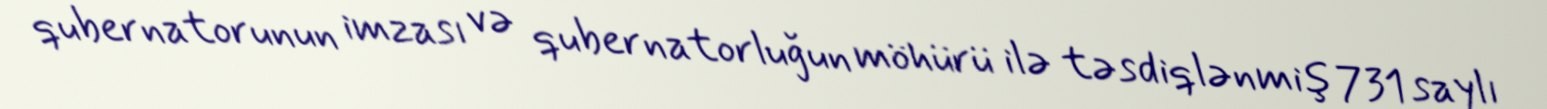
qubernatorunun imzası və qubernatorluğun möhürü ilə təsdiqlənmiş 731 saylı